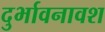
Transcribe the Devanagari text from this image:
दुर्भावनावश